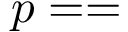
p = =